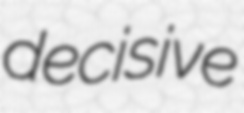
decisive